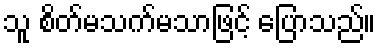
သူ စိတ်မသက်မသာဖြင့် ပြောသည်။